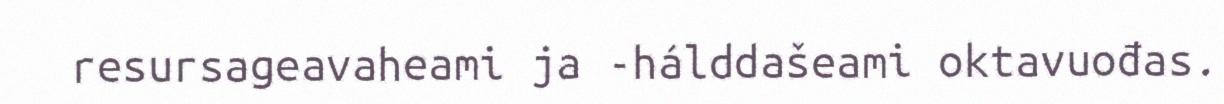
resursageavaheami ja -hálddašeami oktavuođas.